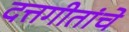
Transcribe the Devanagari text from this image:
दत्तगीतांचे